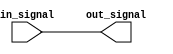
module IO_Block (
    input wire in_signal,
    output wire out_signal
);

    // LVCMOS Buffer implementation
    assign out_signal = in_signal;

endmodule